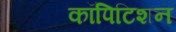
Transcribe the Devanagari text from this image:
कॉपिटिशन